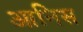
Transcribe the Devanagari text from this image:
आनिस